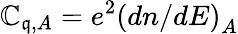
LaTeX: \mathbb{C}_{\mathfrak{q},A}=e^{2}\left(dn/dE\right)_{A}